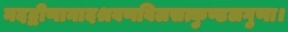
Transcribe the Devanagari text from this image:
नदद्वीणानादश्रवणविलसत्कुण्डलगुणा।